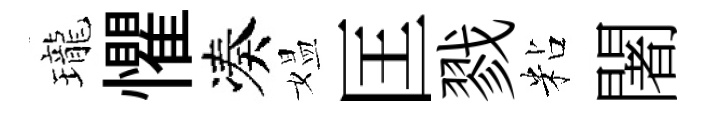
瓏懼凑媪匡戮粘闍